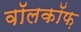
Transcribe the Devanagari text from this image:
वॉलकॉफ़